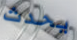
يحدث